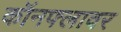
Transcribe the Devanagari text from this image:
कॉनफ्लावर